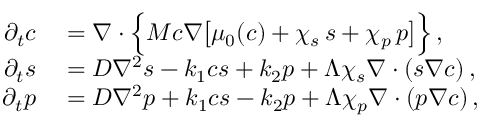
\begin{array} { r l } { \partial _ { t } c } & { { } = \boldsymbol \nabla \cdot \Bigl \{ M c \boldsymbol \nabla \bigl [ \mu _ { 0 } ( c ) + \chi _ { s } \, s + \chi _ { p } \, p \bigr ] \Bigr \} \, , } \\ { \partial _ { t } s } & { { } = D \nabla ^ { 2 } s - k _ { 1 } c s + k _ { 2 } p + \Lambda \chi _ { s } \boldsymbol \nabla \cdot ( s \boldsymbol \nabla c ) \, , } \\ { \partial _ { t } p } & { { } = D \nabla ^ { 2 } p + k _ { 1 } c s - k _ { 2 } p + \Lambda \chi _ { p } \boldsymbol \nabla \cdot ( p \boldsymbol \nabla c ) \, , } \end{array}